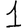
Digit: 1